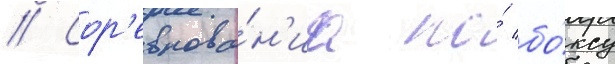
// Сор'евнова́н'иа по́ бо́ксу